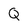
Character: Q